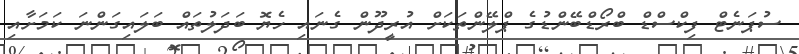
ސުޕަނެޓް ފިކްސްޑް ބްރޯޑްބޭންޑުގެ ޕްލޭންތަކަށް އުރީދޫން ގެނައި ހެޔޮ ބަދަލުތައް ބަލައިގަންނަ ކަމަށާއި